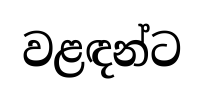
වළඳන්ට